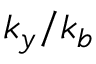
k _ { y } / k _ { b }